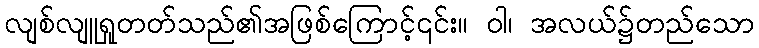
လျစ်လျူရှုတတ်သည်၏အဖြစ်ကြောင့်၎င်း။ ဝါ၊ အလယ်၌တည်သော